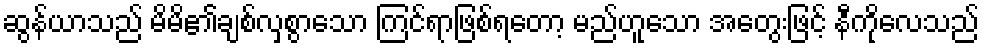
ဆွန်ယာသည် မိမိ၏ချစ်လှစွာသော ကြင်ရာဖြစ်ရတော့ မည်ဟူသော အတွေးဖြင့် နီကိုလေသည်